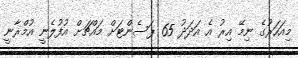
މިއަހަރުގެ ނިމޭ އިރު އެ އަދަދު 65 ޕަސެންޓަށް މައްޗަށް އުފުލެނީ އުމްރާނީ